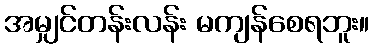
အမျှင်တန်းလန်း မကျန်စေရဘူး။